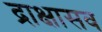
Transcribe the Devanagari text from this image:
द्राक्षासव